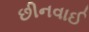
છીનવાઈ